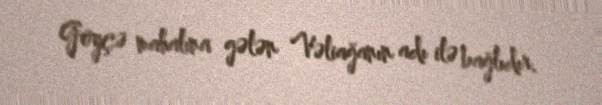
Göyçə mahalına gələn Vəliağanın adı ilə bağlıdır.